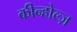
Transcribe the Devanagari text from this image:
कीन्होल्ज़